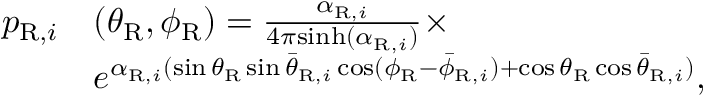
\begin{array} { r l } { p _ { \mathrm { R } , i } } & { ( \theta _ { \mathrm { R } } , \phi _ { \mathrm { R } } ) = \frac { \alpha _ { \mathrm { R } , i } } { 4 \pi \mathrm { s i n h } ( \alpha _ { \mathrm { R } , i } ) } \times } \\ & { e ^ { \alpha _ { \mathrm { R } , i } ( \sin \theta _ { \mathrm { R } } \sin \bar { \theta } _ { \mathrm { R } , i } \cos ( \phi _ { \mathrm { R } } - \bar { \phi } _ { \mathrm { R } , i } ) + \cos \theta _ { \mathrm { R } } \cos \bar { \theta } _ { \mathrm { R } , i } ) } , } \end{array}